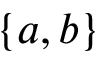
\{ a , b \}